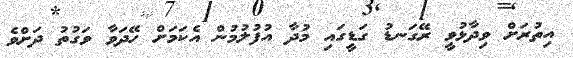
އިތުރަށް ވިދާޅުވީ ރޭގަނޑު ގަޑީގައި މުދާ އުފުލުމުން އެކަމަށް ހޭދަވާ ވަގުތު ދަށްވެ